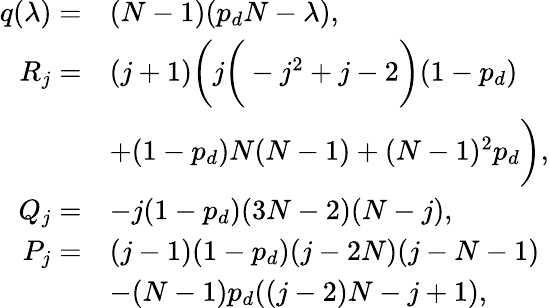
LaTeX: \begin{array}{rl}{q(\lambda)=}&{(N-1)(p_{d}N-\lambda),}\\ {R_{j}=}&{(j+1)\bigg(j\bigg(-j^{2}+j-2\bigg)(1-p_{d})}\\ &{+(1-p_{d})N(N-1)+(N-1)^{2}p_{d}\bigg),}\\ {Q_{j}=}&{-j(1-p_{d})(3N-2)(N-j),}\\ {P_{j}=}&{(j-1)(1-p_{d})(j-2N)(j-N-1)}\\ &{-(N-1)p_{d}((j-2)N-j+1),}\end{array}